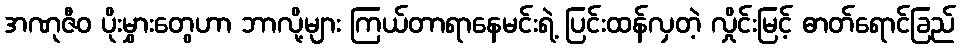
အဏုဇီဝ ပိုးမွှားတွေဟာ ဘာလို့များ ကြယ်တာရာနေမင်းရဲ့ ပြင်းထန်လှတဲ့ လှိုင်းမြင့် ဓာတ်ရောင်ခြည်